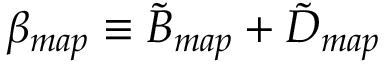
\beta _ { m a p } \equiv \tilde { B } _ { m a p } + \tilde { D } _ { m a p }